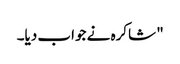
" شاکرہ نے جواب دیا۔